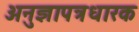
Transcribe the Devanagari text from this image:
अनुज्ञापत्रधारक